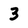
Character: 3